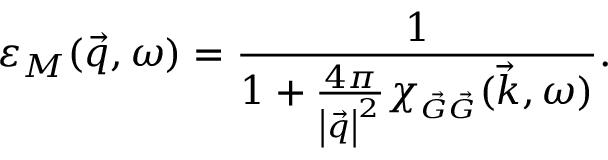
\varepsilon _ { M } ( \vec { q } , \omega ) = \frac { 1 } { 1 + \frac { 4 \pi } { \left| \vec { q } \right| ^ { 2 } } \chi _ { \scriptscriptstyle \vec { G } \vec { G } } ( \vec { k } , \omega ) } .